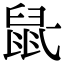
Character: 𫜢